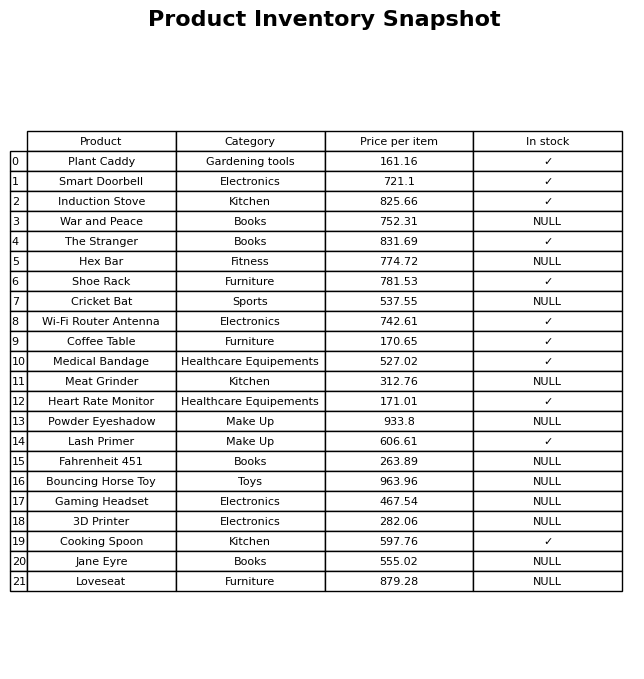
question: What is the stock status of the Gaming Headset?
answer: NULL